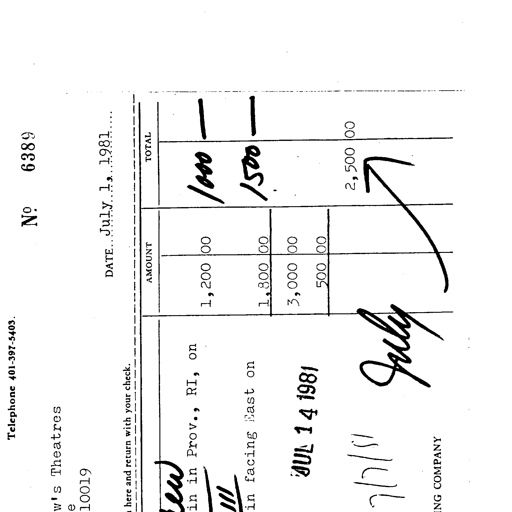
Telephone 401-397-5403 No 6389
w's Theatres
e
10019
DATE July 1, 1981
here and return with your check.
AMOUNT TOTAL
ew
in in Prov., RI, on 1,200 00 1000
III
in facing East on 1,800 00 1500
3,000 00
JUL 14 1981 500 00
7/7/81 July 2,500 00
ING COMPANY